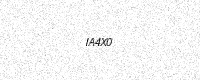
Text: IA4X0